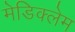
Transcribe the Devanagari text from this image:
मेडिक्लेम